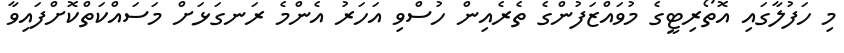
މި ހަފުލާގައި އޮތޯރިޓީގެ މުވައްޒަފުންގެ ތެރެއިން ހުސްވި އަހަރު އެންމެ ރަނގަޅަށް މަސައްކަތްކޮށްފައިވާ